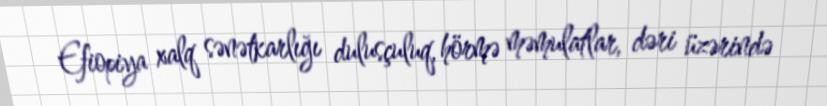
Efiopiya xalq sənətkarlığı dulusçuluq, hörmə məmulatlar, dəri üzərində